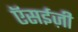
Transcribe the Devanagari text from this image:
ऍसईज़ी